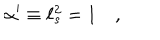
LaTeX: \alpha ^ { \prime } \equiv \ell _ { s } ^ { 2 } = 1 \quad ,